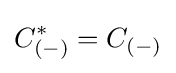
C_{(-)}^{*}=C_{(-)}